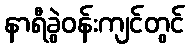
နာရီခွဲဝန်းကျင်တွင်